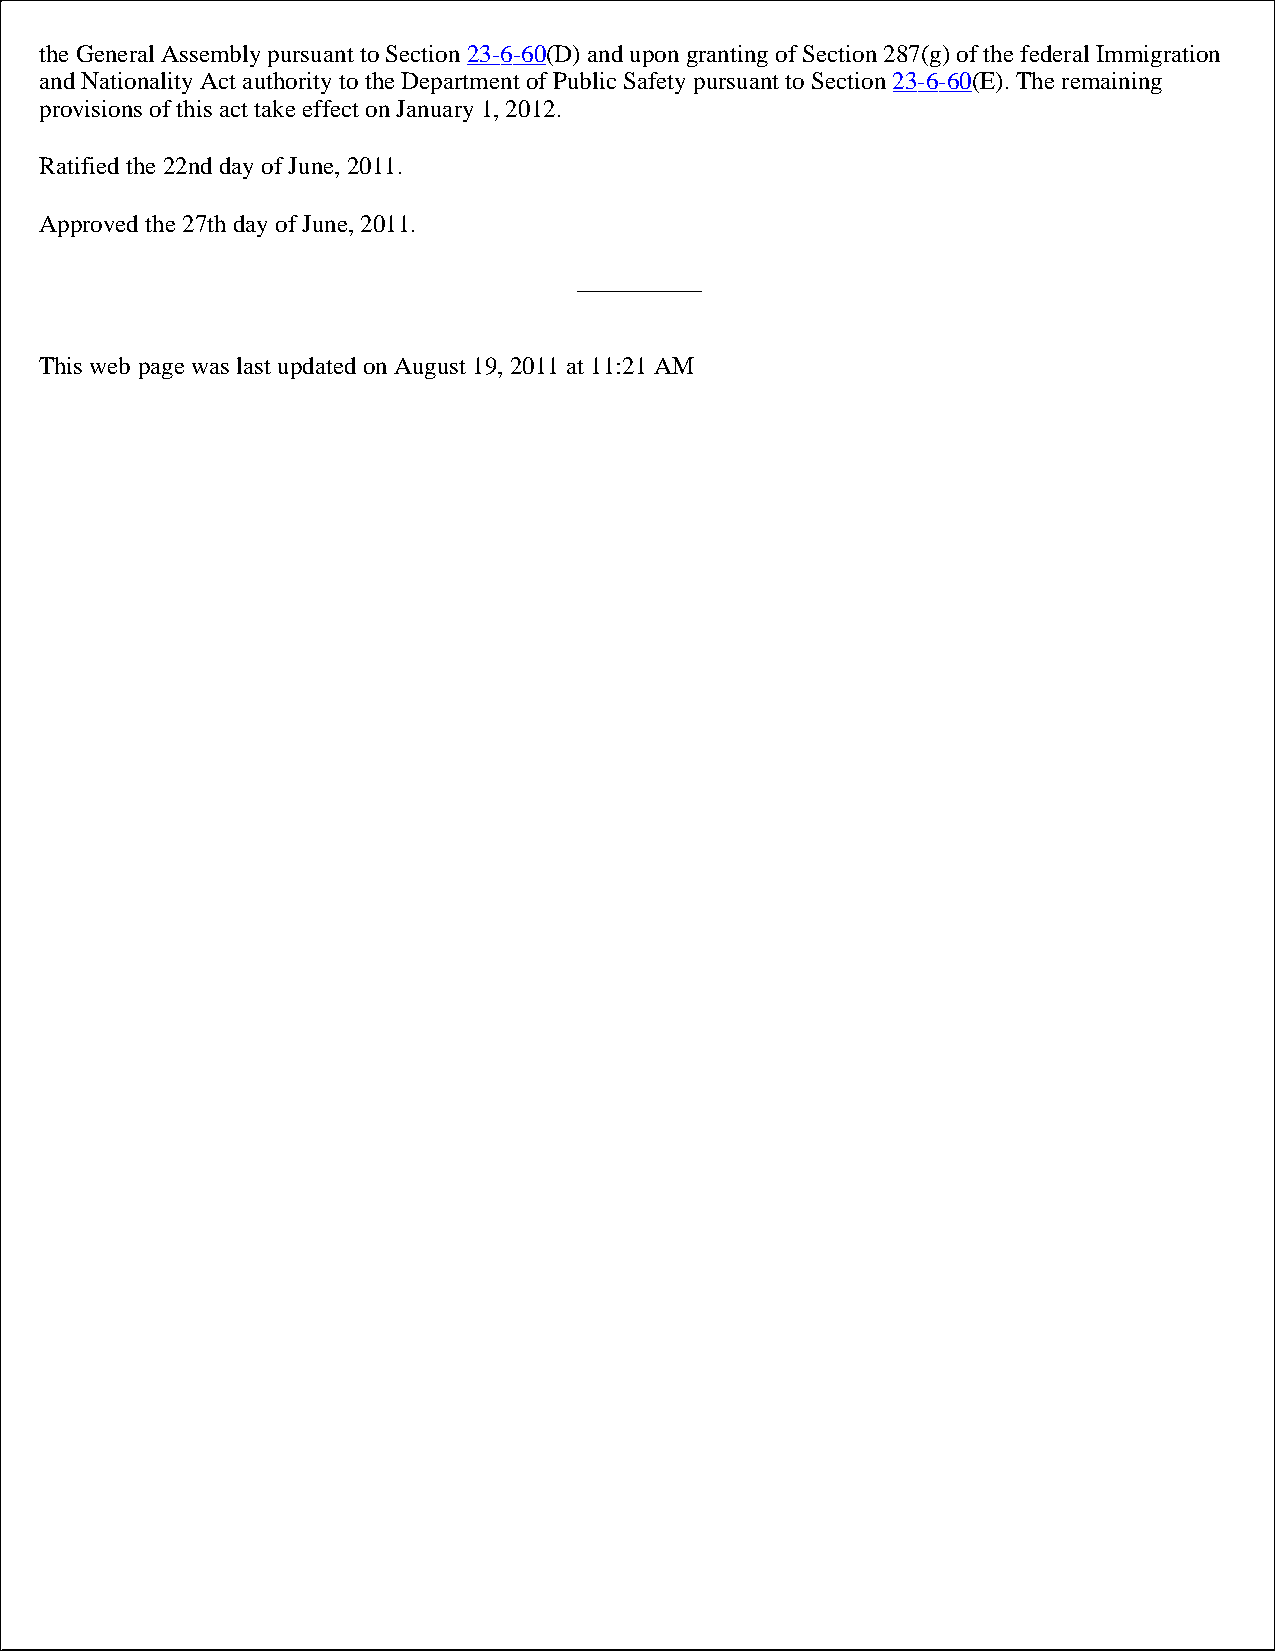
the General Assembly pursuant to Section 23-6-60(D) and upon granting of Section 287(g) of the federal Immigration
 and Nationality Act authority to the Department of Public Safety pursuant to Section 23-6-60(E). The remaining
 provisions of this act take effect on January 1, 2012.
 Ratified the 22nd day of June, 2011.
 Approved the 27th day of June, 2011.
 __________
 This web page was last updated on August 19, 2011 at 11:21 AM